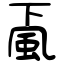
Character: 颪